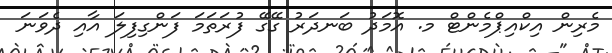
މެރިން އިކްއިޕްމެންޓް މ. އޮމަދު ބަނދަރު ގޭގޭ ފުރަތަމަ ފަންގިފިލަ އާއި ދެވަނަ